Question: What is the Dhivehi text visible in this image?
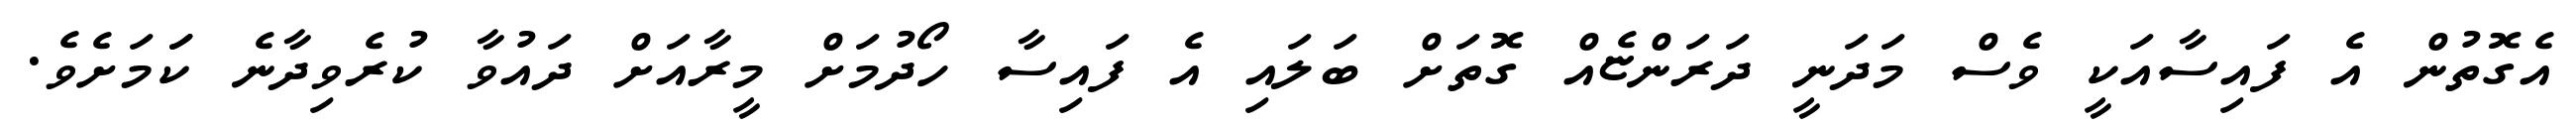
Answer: އެގޮތުން އެ ފައިސާއަކީ ވެސް މަދަނީ ދަރަންޏެއް ގޮތަށް ބަލައި އެ ފައިސާ ހޯދުމަށް މީރާއަށް ދައުވާ ކުރެވިދާނެ ކަަމަށެވެ.